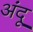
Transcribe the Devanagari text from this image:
अंदू